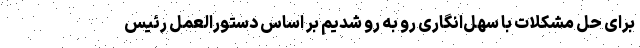
برای حل مشکلات با سهل‌انگاری رو به رو شدیم بر اساس دستورالعمل رئیس